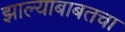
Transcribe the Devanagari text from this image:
झाल्याबाबतचा